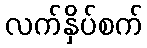
လက်နှိပ်စက်